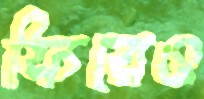
ফিরেও